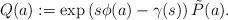
LaTeX: \begin{align*}Q(a) := \exp\left(s \phi(a) - \gamma(s)\right) \tilde{P}(a) \mbox{.}\end{align*}